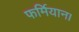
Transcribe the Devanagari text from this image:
फर्मियान।